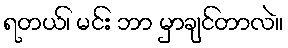
ရတယ်၊ မင်း ဘာ မှာချင်တာလဲ။